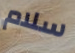
سلام